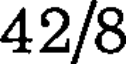
42/8